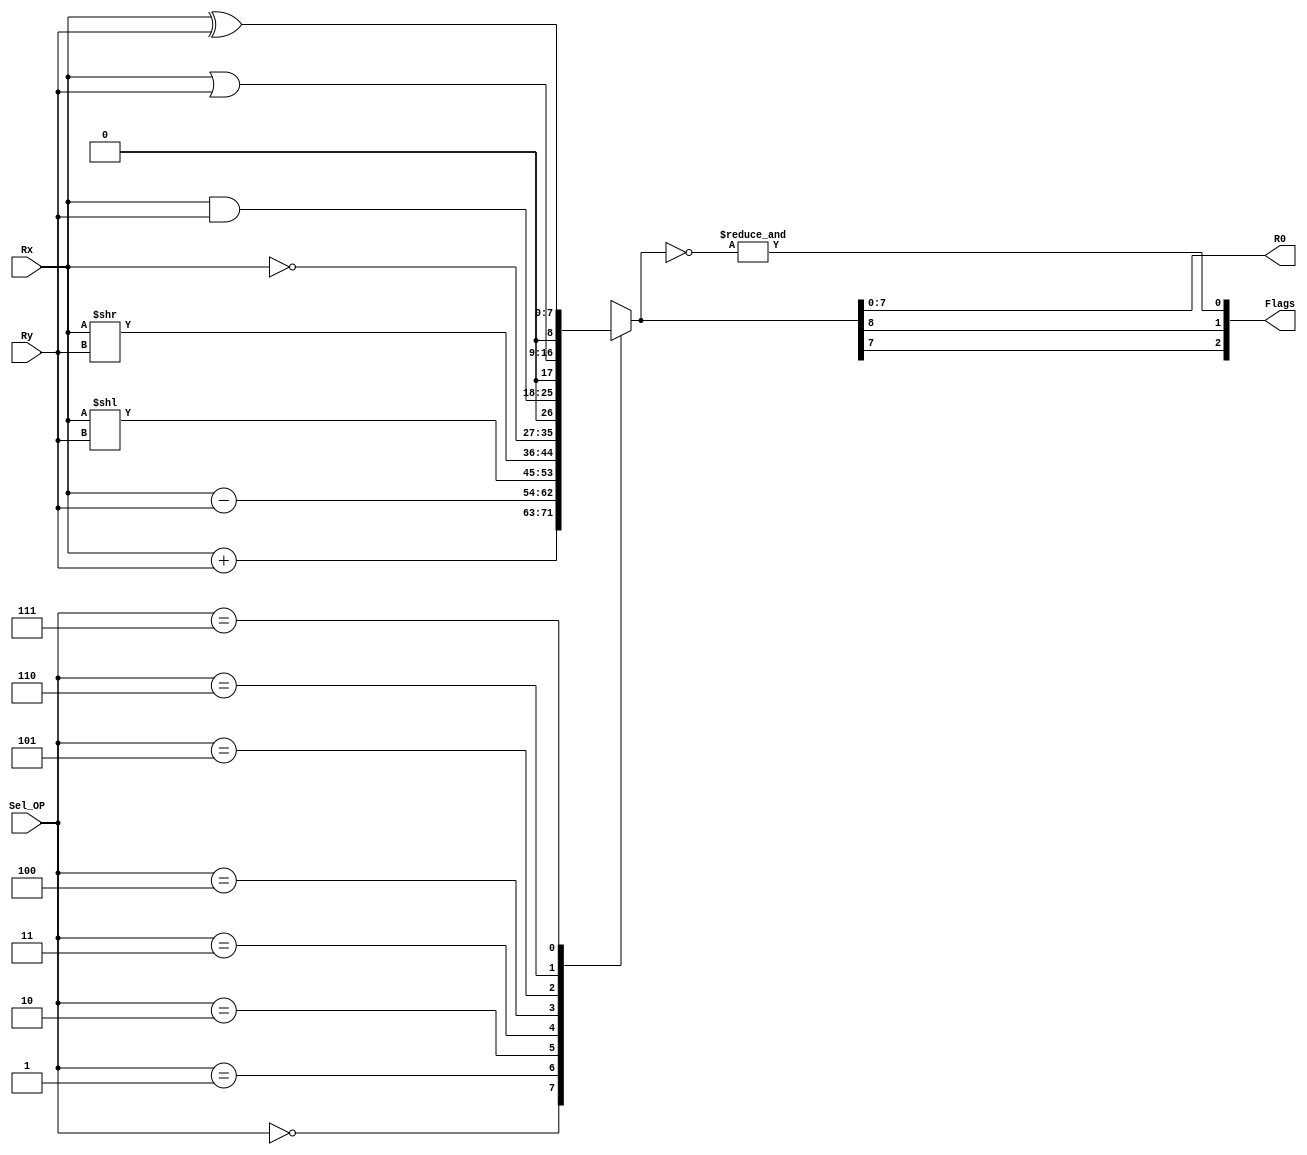
`timescale 1ns / 1ps
//////////////////////////////////////////////////////////////////////////////////
// Company: 
// Engineer: 
// 
// Design Name: 
// Module Name: ALU
// Project Name: 
// Target Devices: 
// Tool Versions: 
// Description: 
// 
// Dependencies: 
// 
// Revision:
// Revision 0.01 - File Created
// Additional Comments:
// 
//////////////////////////////////////////////////////////////////////////////////


module ALU(
    input [7:0] Rx,
    input [7:0] Ry,
    input [2:0] Sel_OP,
    output [7:0] R0,
    output [2:0] Flags
    );
        
reg [8:0] R;
    
    always@(*)
    begin
        case(Sel_OP)
            0: R <= Rx+Ry;
            1: R <= Rx-Ry;
            2: R <= Rx<<Ry;
            3: R <= Rx>>Ry;
            4: R <= ~Rx;
            5: R <= Rx&Ry;
            6: R <= Rx|Ry;
            7: R <= Rx^Ry;
        endcase
    end
    assign R0 = R[7:0];
    assign Flags[0] = &(~R);
    assign Flags[1] = R[8];
    assign Flags[2] = R[7];
endmodule